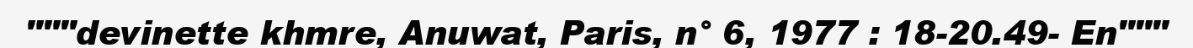
"""devinette khmre, Anuwat, Paris, n° 6, 1977 : 18-20.49- En"""